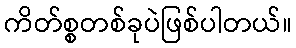
ကိတ်စ္စတစ်ခုပဲဖြစ်ပါတယ်။